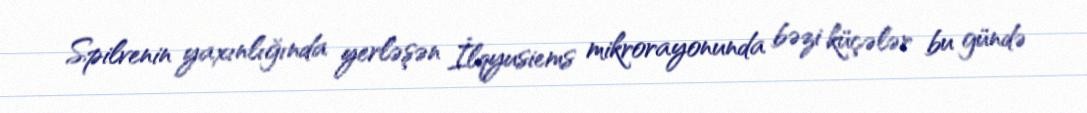
Spilvenin yaxınlığında yerləşən İlqyusiems mikrorayonunda bəzi küçələr bu gündə